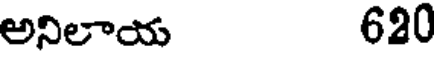
అనిలాయ 620